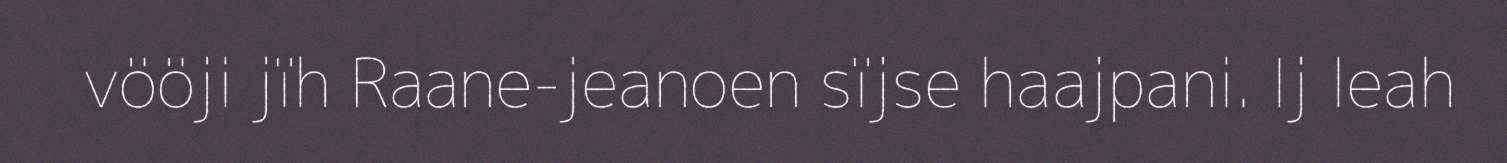
vööji jïh Raane-jeanoen sïjse haajpani. Ij leah